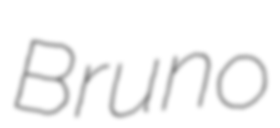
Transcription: Bruno